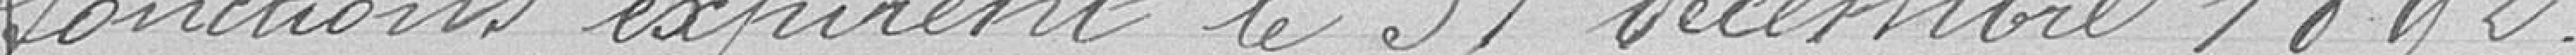
fonctions expirent le 31 décembre 1892.